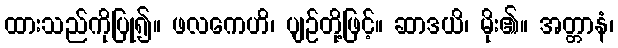
ထားသည်ကိုပြု၍။ ဖလကေဟိ၊ ပျဉ်တို့ဖြင့်။ ဆာဒယိ၊ မိုး၏။ အတ္တာနံ၊